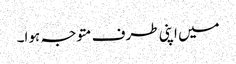
میں اپنی طرف متوجہ ہوا۔